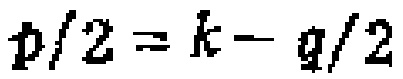
$\boldsymbol{p}/2 = \boldsymbol{k}-\boldsymbol{q}/2$